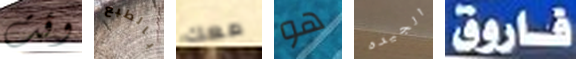
وقت بالطبع معك هو الجيده فاروق